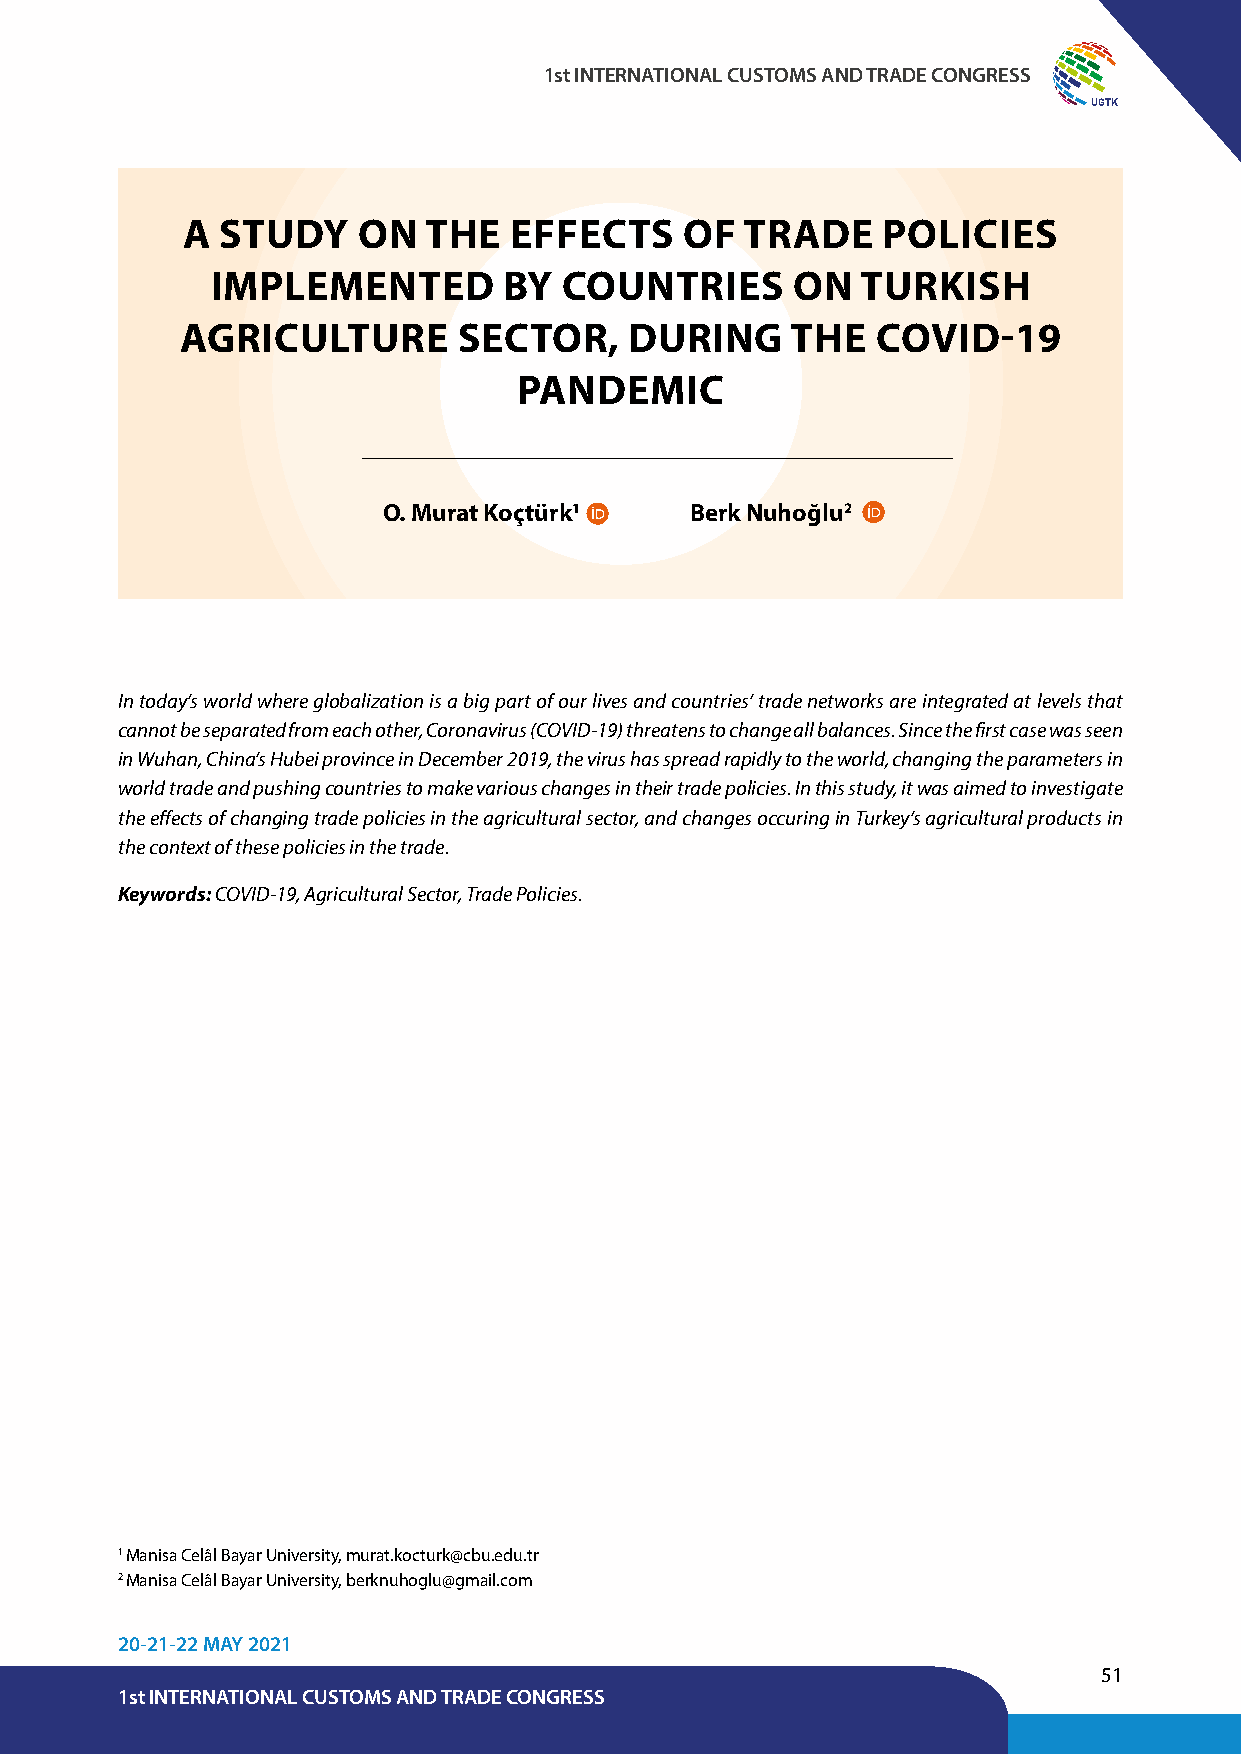
1st INTERNATIONAL CUSTOMS AND TRADE CONGRESS
 UGTK
 A  STUDY    ON  THE   EFFECTS    OF  TRADE    POLICIES
 IMPLEMENTED        BY  COUNTRIES      ON   TURKISH
 AGRICULTURE       SECTOR,     DURING    THE   COVID-19
 PANDEMIC
 O. Murat Koçtürk1    Berk Nuhoğlu2
 In today’s world where globalization is a big part of our lives and countries’ trade networks are integrated at levels that
 cannot be separated from each other, Coronavirus (COVID-19) threatens to change all balances. Since the first case was seen
 in Wuhan, China’s Hubei province in December 2019, the virus has spread rapidly to the world, changing the parameters in
 world trade and pushing countries to make various changes in their trade policies. In this study, it was aimed to investigate
 the effects of changing trade policies in the agricultural sector, and changes occuring in Turkey’s agricultural products in
 the context of these policies in the trade.
 Keywords: COVID-19, Agricultural Sector, Trade Policies.
 1 Manisa Celâl Bayar University, murat.kocturk@cbu.edu.tr
 2 Manisa Celâl Bayar University, berknuhoglu@gmail.com
 20-21-22 MAY 2021
 51
 1st INTERNATIONAL CUSTOMS AND TRADE CONGRESS